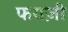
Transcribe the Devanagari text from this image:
फयज़ी